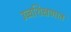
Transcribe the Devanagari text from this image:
उच्चशिक्षणात